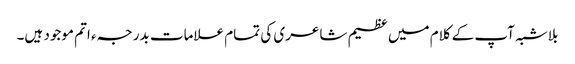
بلاشبہ آپ کے کلام میں عظیم شاعری کی تمام علامات بدرجہء اتم موجود ہیں۔